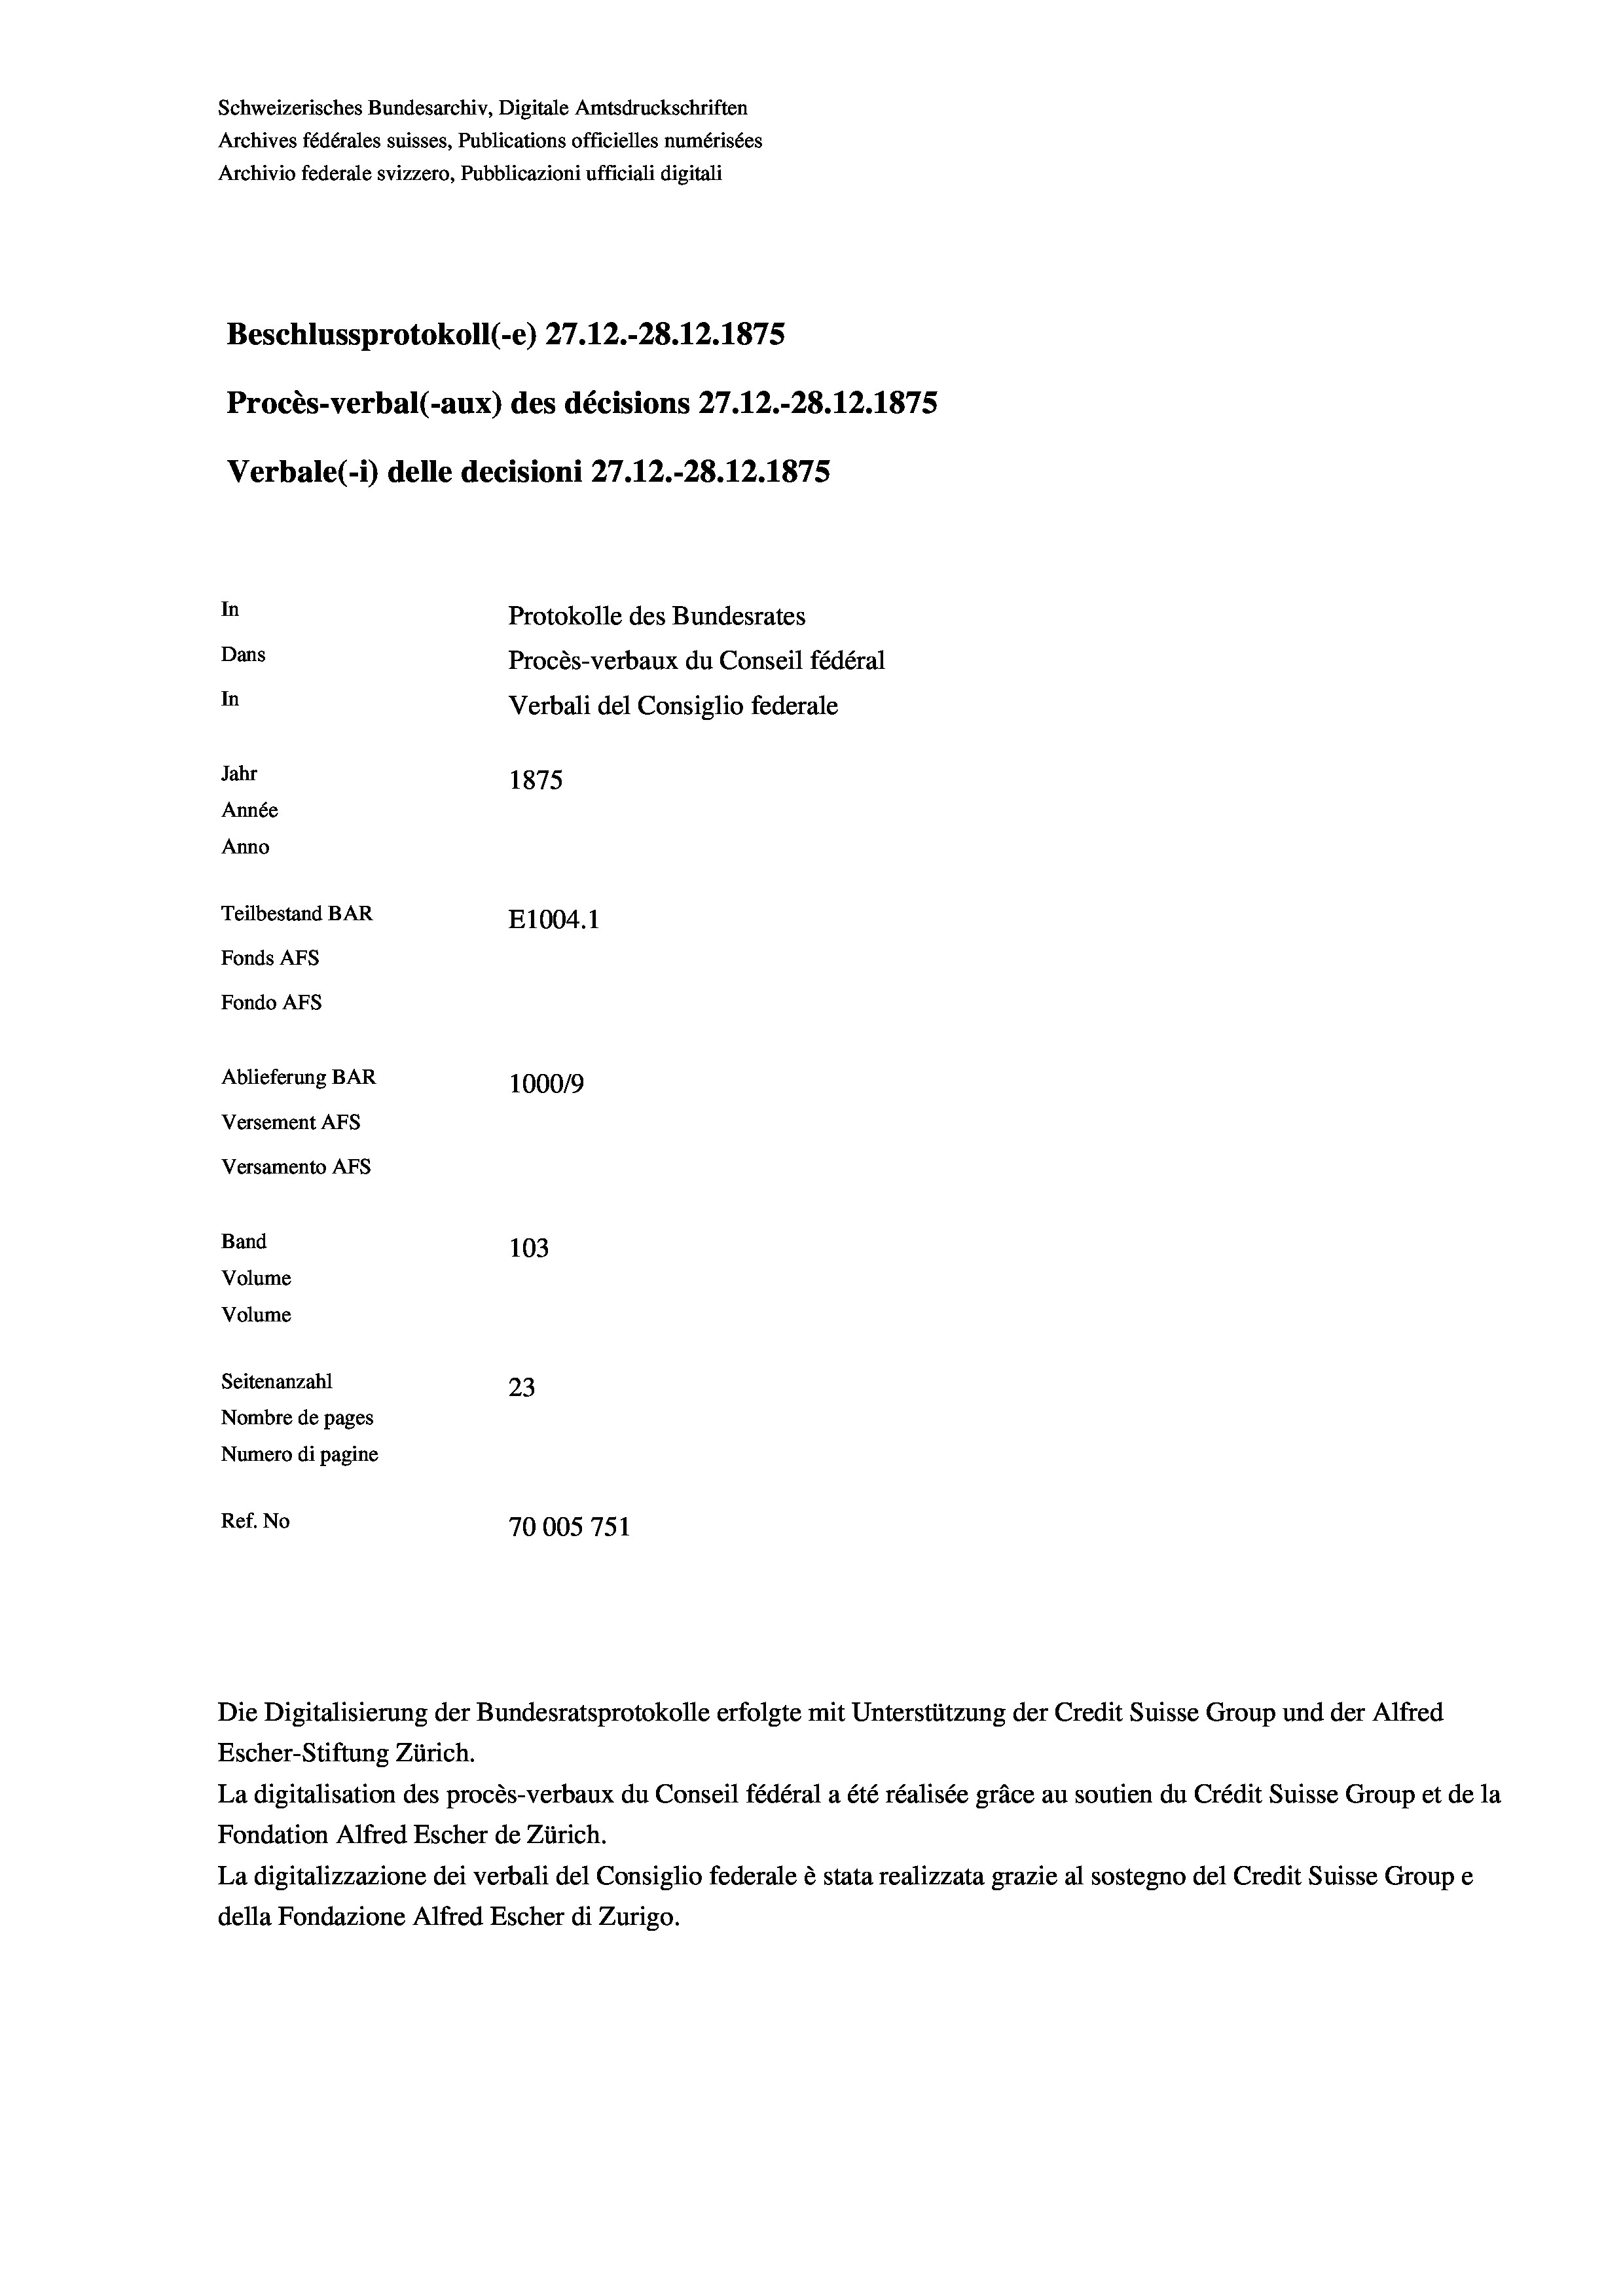
Schweizerisches Bundesarchiv, Digitale Amtsdruckschriften
Archives fédérales suisses, Publications officielles numérisées
Archivio federale svizzero, Pubblicazioni ufficiali digitali
Beschlussprotokoll (e) 27.12.-28.12.1875
Procès-verbal (-aux) des décisions 27.12.-28.12.1875
Verbale (1) delle decisioni 27.12.-28.12.1875
In
Protokolle des Bundesrates
Dans
Procès-verbaux du Conseil fédéral
In
Verbali del Consiglio federale
Jahr
1875
Année
Anno
Teilbestand BAR
E1004. 1
Fonds AEs
Fondo Afs
Ablieferung BAR
100019
Versement AFs
Versamento Afs
Band
103
Volume
Volume
Seitenanzahl
23
Nombre de pages
Numero di pagine
Ref. No
70005751

Escher-Stiftung Zürich.
La digitalisation des procès-verbaux du Conseil fédéral a été réalisée gräce au soutien du Crédit Suisse Group et de la
Fondation Alfred Escher de Zürich.
La digitalizzazione dei verbali del Consiglio federale è stata realizzata grazie al sostegno del Credit Suisse Groupe
della Fondazione Alfred Escher di Zurigo.

Die Digitalisierung der Bundesratsprotokolle erfolgte mit Unterstützung der Credit Suisse Group und der Alfred